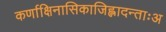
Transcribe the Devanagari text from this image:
कर्णाक्षिनासिकाजिह्लादन्ताःअ